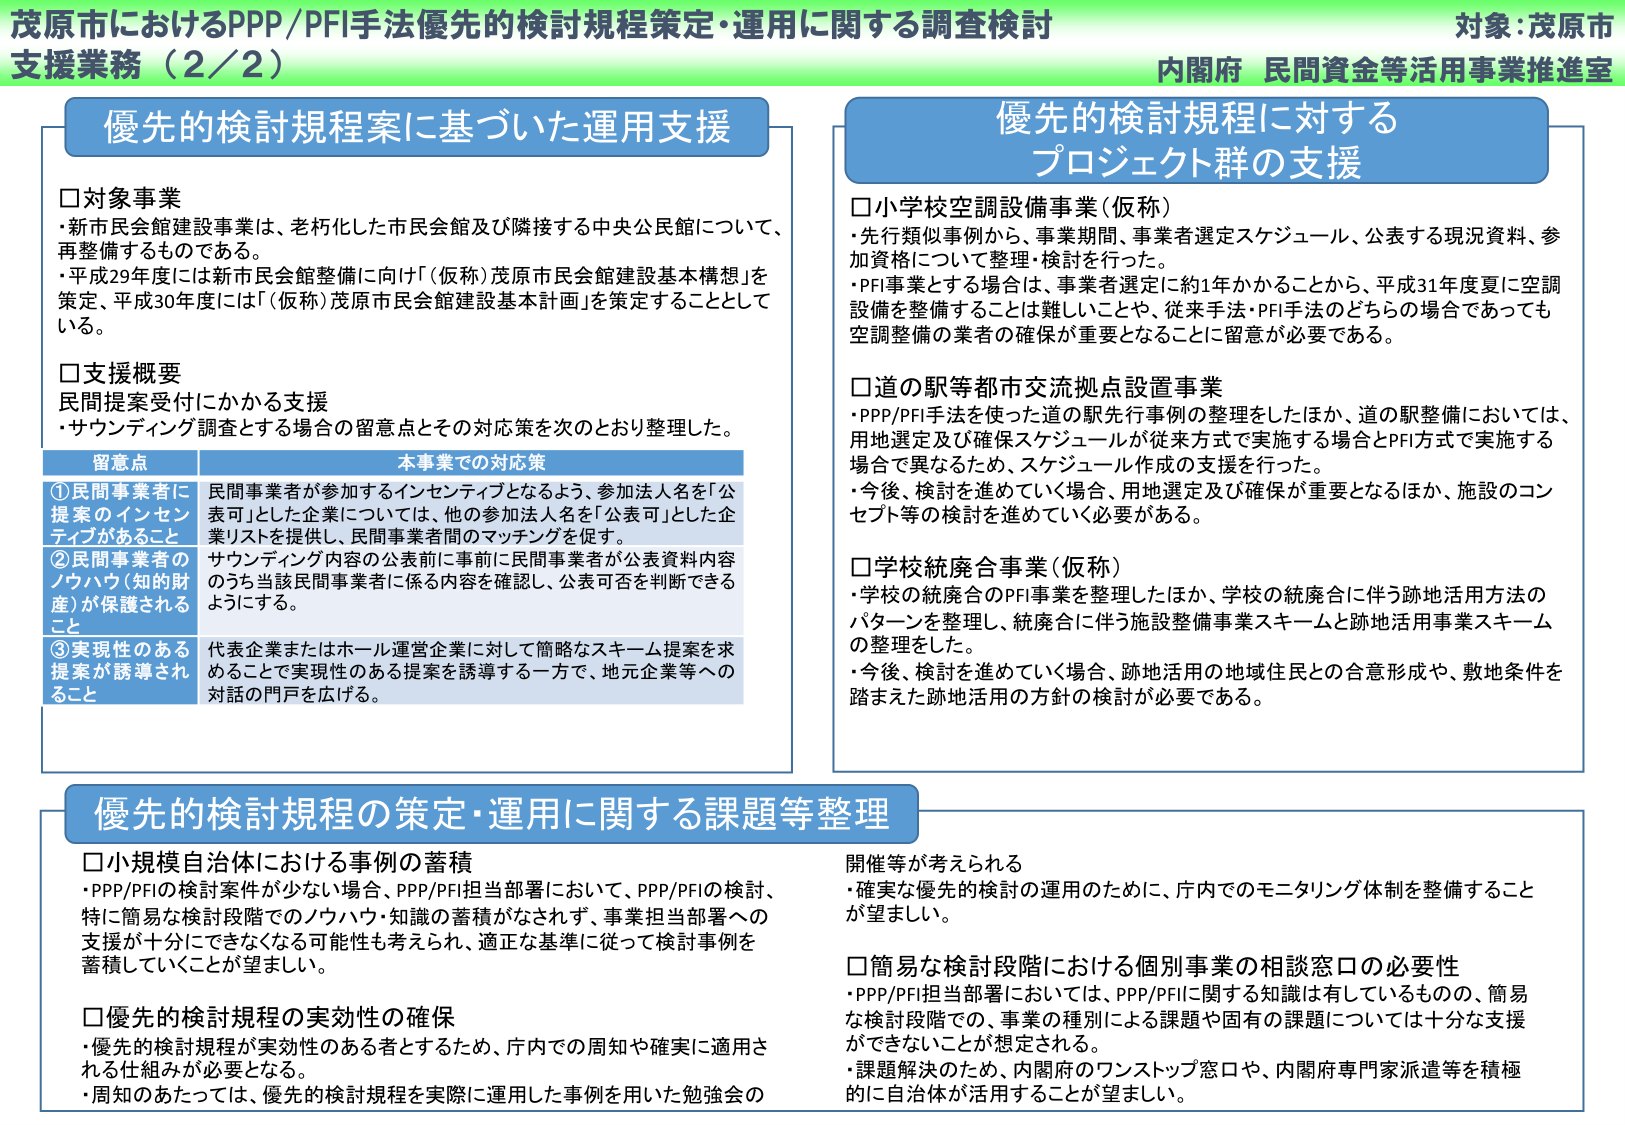
茂原市におけるPPP/PFI手法優先的検討規程策定・運用に関する調査検討
支援業務（2/2）
対象：茂原市
内閣府 民間資金等活用事業推進室

優先的検討規程案に基づいた運用支援

□対象事業
・新市民会館建設事業は、老朽化した市民会館及び隣接する中央公民館について、再整備するものである。
・平成29年度には新市民会館整備に向け「（仮称）茂原市民会館建設基本構想」を策定、平成30年度には「（仮称）茂原市民会館建設基本計画」を策定することとしている。

□支援概要
民間提案受付にかかる支援
・サウンディング調査とする場合の留意点とその対応策を次のとおり整理した。

留意点　　　　　　　　　　　　　　　　　　　本事業での対応策
①民間事業者に提案のインセンティブがあること　民間事業者が参加するインセンティブとなるよう、参加法人名を「公表可」とした企業については、他の参加法人名を「公表可」とした企業リストを提供し、民間事業者間のマッチングを促す。
②民間事業者のノウハウ（知的財産）が保護されること　サウンディング内容の公表前に事前に民間事業者が公表資料内容のうち当該民間事業者に係る内容を確認し、公表可否を判断できるようにする。
③実現性のある提案が誘導されること　代表企業またはホール運営企業に対して簡略なスキーム提案を求めることで実現性のある提案を誘導する一方で、地元企業等への対話の門戸を広げる。

優先的検討規程に対するプロジェクト群の支援

□小学校空調設備事業（仮称）
・先行類似事例から、事業期間、事業者選定スケジュール、公表する現況資料、参加資格について整理・検討を行った。
・PFI事業とする場合は、事業者選定に約1年かかることから、平成31年度夏に空調設備を整備することは難しいことや、従来手法・PFI手法のどちらの場合であっても空調整備の業者の確保が重要となることに留意が必要である。

□道の駅等都市交流拠点設置事業
・PPP/PFI手法を使った道の駅先行事例の整理をしたほか、道の駅整備については、用地選定及び確保スケジュールが従来方式で実施する場合とPFI方式で実施する場合で異なるため、スケジュール作成の支援を行った。
・今後、検討を進めていく場合、用地選定及び確保が重要となるほか、施設のコンセプト等の検討を進めていく必要がある。

□学校統廃合事業（仮称）
・学校の統廃合のPFI事業を整理したほか、学校の統廃合に伴う跡地活用方法のパターンを整理し、統廃合に伴う施設整備事業スキームと跡地活用事業スキームの整理をした。
・今後、検討を進めていく場合、跡地活用の地域住民との合意形成や、敷地条件を踏まえた跡地活用の方針の検討が必要である。

優先的検討規程の策定・運用に関する課題等整理

□小規模自治体における事例の蓄積
・PPP/PFIの検討案件が少ない場合、PPP/PFI担当部署において、PPP/PFIの検討、特に簡易な検討段階でのノウハウ・知識の蓄積がなされず、事業担当部署への支援が十分にできなくなる可能性も考えられ、適正な基準に従って検討事例を蓄積していくことが望ましい。

□優先的検討規程の実効性の確保
・優先的検討規程が実効性のある者とするため、庁内での周知や確実に適用される仕組みが必要となる。
・周知のあたっては、優先的検討規程を実際に運用した事例を用いた勉強会の開催等が考えられる
・確実な優先的検討の運用のために、庁内でのモニタリング体制を整備することが望ましい。

□簡易な検討段階における個別事業の相談窓口の必要性
・PPP/PFI担当部署においては、PPP/PFIに関する知識は有しているものの、簡易な検討段階での、事業の種別による課題や固有の課題については十分な支援ができないことが想定される。
・課題解決のため、内閣府のワンストップ窓口や、内閣府専門家派遣等を積極的に自治体が活用することが望ましい。